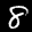
Label: 8